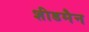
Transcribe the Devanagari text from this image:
शीडमैन